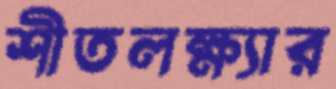
শীতলক্ষ্যার